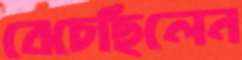
বেচেছিলেন